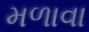
મળાવા